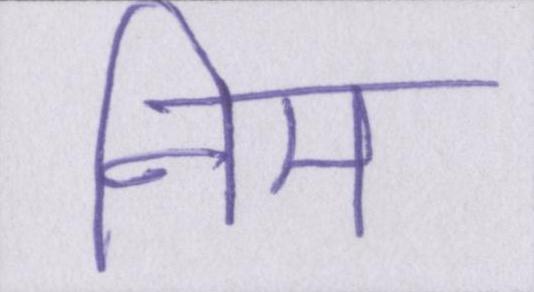
नीम